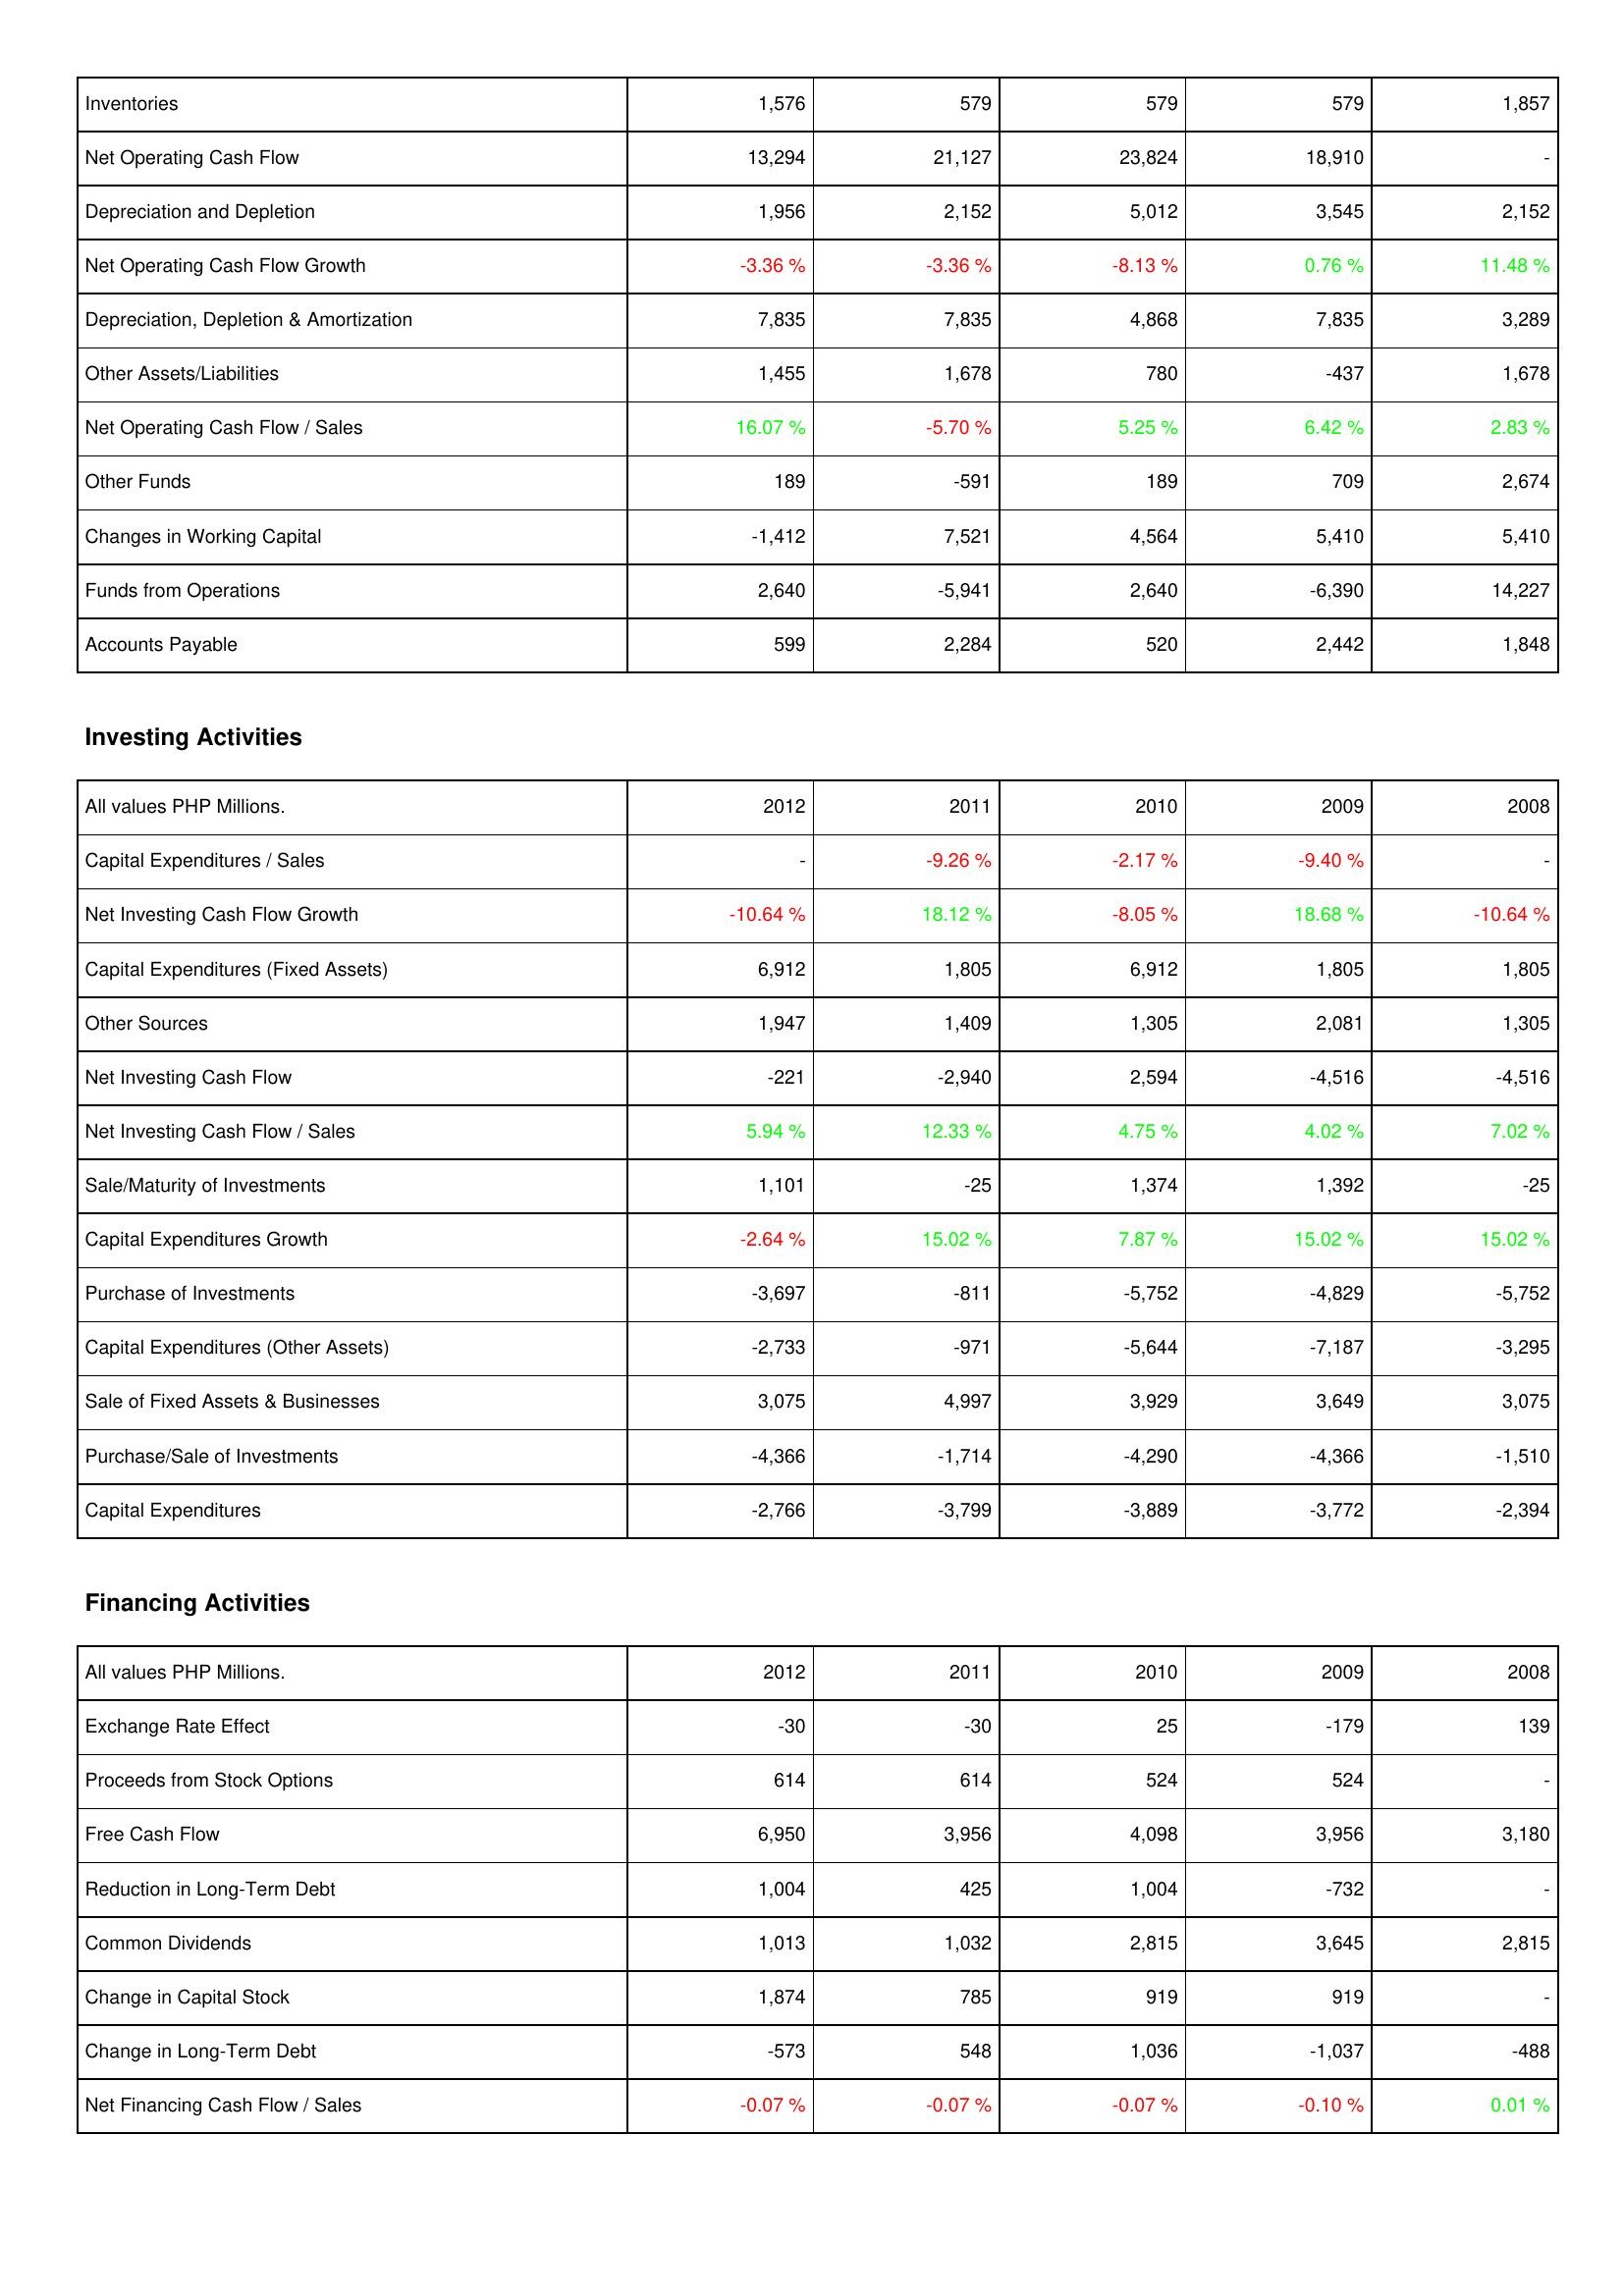
2012: Operating Activities: Inventories: 1,576
Net Operating Cash Flow: 13,294
Depreciation and Depletion: 1,956
Net Operating Cash Flow Growth: -3.36 %
Depreciation, Depletion & Amortization: 7,835
Other Assets/Liabilities: 1,455
Net Operating Cash Flow / Sales: 16.07 %
Other Funds: 189
Changes in Working Capital: -1,412
Funds from Operations: 2,640
Accounts Payable: 599
Investing Activities: Capital Expenditures / Sales: -
Net Investing Cash Flow Growth: -10.64 %
Capital Expenditures (Fixed Assets): 6,912
Other Sources: 1,947
Net Investing Cash Flow: -221
Net Investing Cash Flow / Sales: 5.94 %
Sale/Maturity of Investments: 1,101
Capital Expenditures Growth: -2.64 %
Purchase of Investments: -3,697
Capital Expenditures (Other Assets): -2,733
Sale of Fixed Assets & Businesses: 3,075
Purchase/Sale of Investments: -4,366
Capital Expenditures: -2,766
Financing Activities: Exchange Rate Effect: -30
Proceeds from Stock Options: 614
Free Cash Flow: 6,950
Reduction in Long-Term Debt: 1,004
Common Dividends: 1,013
Change in Capital Stock: 1,874
Change in Long-Term Debt: -573
Net Financing Cash Flow / Sales: -0.07 %
2011: Operating Activities: Inventories: 579
Net Operating Cash Flow: 21,127
Depreciation and Depletion: 2,152
Net Operating Cash Flow Growth: -3.36 %
Depreciation, Depletion & Amortization: 7,835
Other Assets/Liabilities: 1,678
Net Operating Cash Flow / Sales: -5.70 %
Other Funds: -591
Changes in Working Capital: 7,521
Funds from Operations: -5,941
Accounts Payable: 2,284
Investing Activities: Capital Expenditures / Sales: -9.26 %
Net Investing Cash Flow Growth: 18.12 %
Capital Expenditures (Fixed Assets): 1,805
Other Sources: 1,409
Net Investing Cash Flow: -2,940
Net Investing Cash Flow / Sales: 12.33 %
Sale/Maturity of Investments: -25
Capital Expenditures Growth: 15.02 %
Purchase of Investments: -811
Capital Expenditures (Other Assets): -971
Sale of Fixed Assets & Businesses: 4,997
Purchase/Sale of Investments: -1,714
Capital Expenditures: -3,799
Financing Activities: Exchange Rate Effect: -30
Proceeds from Stock Options: 614
Free Cash Flow: 3,956
Reduction in Long-Term Debt: 425
Common Dividends: 1,032
Change in Capital Stock: 785
Change in Long-Term Debt: 548
Net Financing Cash Flow / Sales: -0.07 %
2010: Operating Activities: Inventories: 579
Net Operating Cash Flow: 23,824
Depreciation and Depletion: 5,012
Net Operating Cash Flow Growth: -8.13 %
Depreciation, Depletion & Amortization: 4,868
Other Assets/Liabilities: 780
Net Operating Cash Flow / Sales: 5.25 %
Other Funds: 189
Changes in Working Capital: 4,564
Funds from Operations: 2,640
Accounts Payable: 520
Investing Activities: Capital Expenditures / Sales: -2.17 %
Net Investing Cash Flow Growth: -8.05 %
Capital Expenditures (Fixed Assets): 6,912
Other Sources: 1,305
Net Investing Cash Flow: 2,594
Net Investing Cash Flow / Sales: 4.75 %
Sale/Maturity of Investments: 1,374
Capital Expenditures Growth: 7.87 %
Purchase of Investments: -5,752
Capital Expenditures (Other Assets): -5,644
Sale of Fixed Assets & Businesses: 3,929
Purchase/Sale of Investments: -4,290
Capital Expenditures: -3,889
Financing Activities: Exchange Rate Effect: 25
Proceeds from Stock Options: 524
Free Cash Flow: 4,098
Reduction in Long-Term Debt: 1,004
Common Dividends: 2,815
Change in Capital Stock: 919
Change in Long-Term Debt: 1,036
Net Financing Cash Flow / Sales: -0.07 %
2009: Operating Activities: Inventories: 579
Net Operating Cash Flow: 18,910
Depreciation and Depletion: 3,545
Net Operating Cash Flow Growth: 0.76 %
Depreciation, Depletion & Amortization: 7,835
Other Assets/Liabilities: -437
Net Operating Cash Flow / Sales: 6.42 %
Other Funds: 709
Changes in Working Capital: 5,410
Funds from Operations: -6,390
Accounts Payable: 2,442
Investing Activities: Capital Expenditures / Sales: -9.40 %
Net Investing Cash Flow Growth: 18.68 %
Capital Expenditures (Fixed Assets): 1,805
Other Sources: 2,081
Net Investing Cash Flow: -4,516
Net Investing Cash Flow / Sales: 4.02 %
Sale/Maturity of Investments: 1,392
Capital Expenditures Growth: 15.02 %
Purchase of Investments: -4,829
Capital Expenditures (Other Assets): -7,187
Sale of Fixed Assets & Businesses: 3,649
Purchase/Sale of Investments: -4,366
Capital Expenditures: -3,772
Financing Activities: Exchange Rate Effect: -179
Proceeds from Stock Options: 524
Free Cash Flow: 3,956
Reduction in Long-Term Debt: -732
Common Dividends: 3,645
Change in Capital Stock: 919
Change in Long-Term Debt: -1,037
Net Financing Cash Flow / Sales: -0.10 %
2008: Operating Activities: Inventories: 1,857
Net Operating Cash Flow: -
Depreciation and Depletion: 2,152
Net Operating Cash Flow Growth: 11.48 %
Depreciation, Depletion & Amortization: 3,289
Other Assets/Liabilities: 1,678
Net Operating Cash Flow / Sales: 2.83 %
Other Funds: 2,674
Changes in Working Capital: 5,410
Funds from Operations: 14,227
Accounts Payable: 1,848
Investing Activities: Capital Expenditures / Sales: -
Net Investing Cash Flow Growth: -10.64 %
Capital Expenditures (Fixed Assets): 1,805
Other Sources: 1,305
Net Investing Cash Flow: -4,516
Net Investing Cash Flow / Sales: 7.02 %
Sale/Maturity of Investments: -25
Capital Expenditures Growth: 15.02 %
Purchase of Investments: -5,752
Capital Expenditures (Other Assets): -3,295
Sale of Fixed Assets & Businesses: 3,075
Purchase/Sale of Investments: -1,510
Capital Expenditures: -2,394
Financing Activities: Exchange Rate Effect: 139
Proceeds from Stock Options: -
Free Cash Flow: 3,180
Reduction in Long-Term Debt: -
Common Dividends: 2,815
Change in Capital Stock: -
Change in Long-Term Debt: -488
Net Financing Cash Flow / Sales: 0.01 %